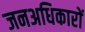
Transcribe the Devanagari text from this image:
जनअधिकारों